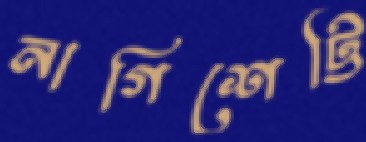
নাগিশেট্টি